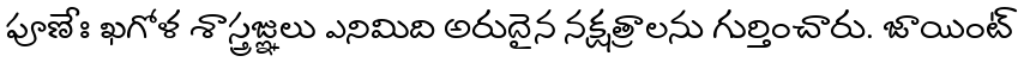
పూణేః ఖగోళ శాస్త్రజ్ఞులు ఎనిమిది అరుదైన నక్షత్రాలను గుర్తించారు. జాయింట్